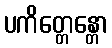
ပကိတ္တေန္တော